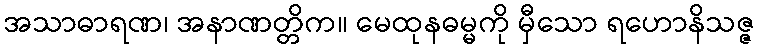
အသာဓာရဏ၊ အနာဏတ္တိက။ မေထုနဓမ္မကို မှီသော ရဟောနိသဇ္ဇ